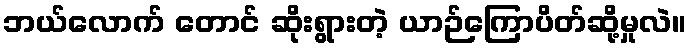
ဘယ်လောက် တောင် ဆိုးရွားတဲ့ ယာဉ်ကြောပိတ်ဆို့မှုလဲ။